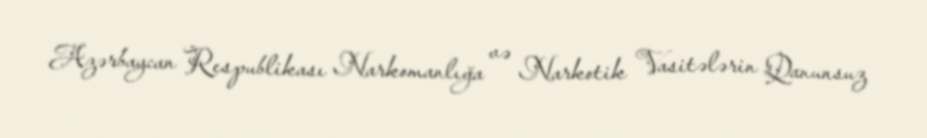
Azərbaycan Respublikası Narkomanlığa və Narkotik Vasitələrin Qanunsuz